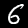
Label: 6